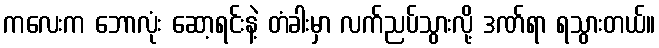
ကလေးက ဘောလုံး ဆော့ရင်းနဲ့ တံခါးမှာ လက်ညပ်သွားလို့ ဒဏ်ရာ ရသွားတယ်။